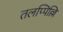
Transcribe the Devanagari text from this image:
तलप्पिल्लि